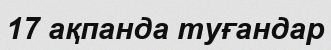
17 ақпанда туғандар